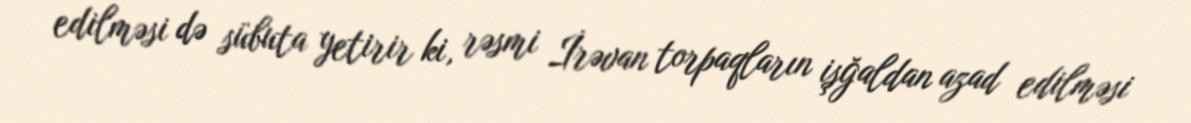
edilməsi də sübuta yetirir ki, rəsmi İrəvan torpaqların işğaldan azad edilməsi